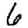
Digit: 6